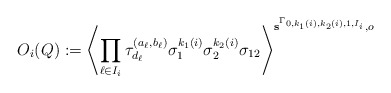
\begin{align*}O_i(Q):=\left\langle\prod_{\ell\in I_i}\tau^{(a_\ell,b_\ell)}_{d_\ell}\sigma_1^{k_1(i)}\sigma_2^{k_2(i)}\sigma_{12}\right\rangle^{\mathbf{s}^{\Gamma_{0,k_1(i),k_2(i),1,I_i}},o}\end{align*}